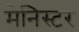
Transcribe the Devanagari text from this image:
मैनिस्टर